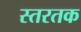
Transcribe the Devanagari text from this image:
स्तरतक